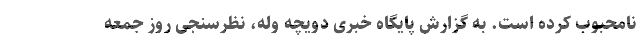
نامحبوب کرده است. به گزارش پایگاه خبری دویچه وله، نظرسنجی روز جمعه